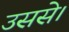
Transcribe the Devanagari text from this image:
उससे।